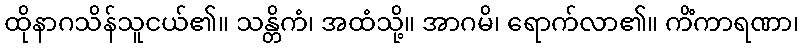
ထိုနာဂသိန်သူငယ်၏။ သန္တိကံ၊ အထံသို့။ အာဂမိ၊ ရောက်လာ၏။ ကိံကာရဏာ၊